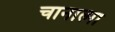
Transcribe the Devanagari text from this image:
चानात्मा